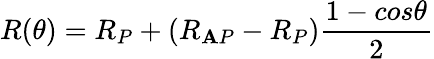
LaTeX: R(\theta)=R_{P}+(R_{\mathbf{A}P}-R_{P})\frac{{1-cos\theta}}{{2}}